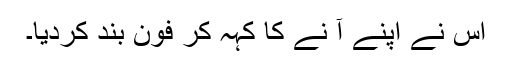
اس نے اپنے آ نے کا کہہ کر فون بند کردیا۔